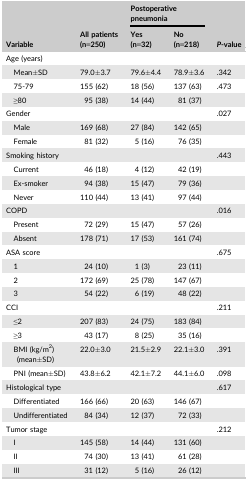
| <ROWSPAN=2> Variable | <ROWSPAN=2> All patients (n=250) | <COLSPAN=2> Postoperative pneumonia | <ROWSPAN=2> P‐value |
 | Yes (n=32) | No (n=218) |
 | --- | --- | --- | --- | --- |
 | <COLSPAN=5> Age (years) |
 | Mean±SD | 79.0±3.7 | 79.6±4.4 | 78.9±3.6 | .342 |
 | 75‐79 | 155 (62) | 18 (56) | 137 (63) | .473 |
 | ≥80 | 95 (38) | 14 (44) | 81 (37) |  |
 | Gender |  |  |  | .027 |
 | Male | 169 (68) | 27 (84) | 142 (65) |  |
 | Female | 81 (32) | 5 (16) | 76 (35) |  |
 | Smoking history |  |  |  | .443 |
 | Current | 46 (18) | 4 (12) | 42 (19) |  |
 | Ex‐smoker | 94 (38) | 15 (47) | 79 (36) |  |
 | Never | 110 (44) | 13 (41) | 97 (44) |  |
 | COPD |  |  |  | .016 |
 | Present | 72 (29) | 15 (47) | 57 (26) |  |
 | Absent | 178 (71) | 17 (53) | 161 (74) |  |
 | ASA score |  |  |  | .675 |
 | 1 | 24 (10) | 1 (3) | 23 (11) |  |
 | 2 | 172 (69) | 25 (78) | 147 (67) |  |
 | 3 | 54 (22) | 6 (19) | 48 (22) |  |
 | CCI |  |  |  | .211 |
 | ≤2 | 207 (83) | 24 (75) | 183 (84) |  |
 | ≥3 | 43 (17) | 8 (25) | 35 (16) |  |
 | BMI (kg/m2) (mean±SD) | 22.0±3.0 | 21.5±2.9 | 22.1±3.0 | .391 |
 | PNI (mean±SD) | 43.8±6.2 | 42.1±7.2 | 44.1±6.0 | .098 |
 | Histological type |  |  |  | .617 |
 | Differentiated | 166 (66) | 20 (63) | 146 (67) |  |
 | Undifferentiated | 84 (34) | 12 (37) | 72 (33) |  |
 | Tumor stage |  |  |  | .212 |
 | I | 145 (58) | 14 (44) | 131 (60) |  |
 | II | 74 (30) | 13 (41) | 61 (28) |  |
 | III | 31 (12) | 5 (16) | 26 (12) |  |